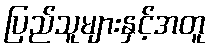
ပြည်သူများနှင့်အတူ